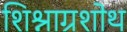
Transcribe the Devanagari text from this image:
शिश्नाग्रशोथ